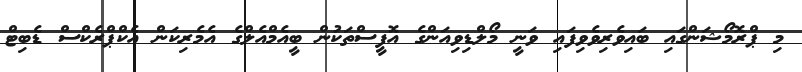
މި ޕްރޮމޯޝަންގައި ބައިވެރިވެވިފައި ވަނީ މޯލްޑިވިއަންގެ އޮފީސްތަކުން ބީއެމްއެލްގެ އެމެރިކަން އެކްޕްރެކްސް ޑެބިޓް